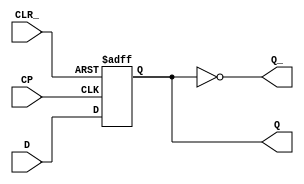
//
module dff(Q,Q_,D,CP,CLR_);
	input D,CP,CLR_;
	output reg Q;
	output Q_;
	assign Q_=~Q;
	always@(posedge CP or negedge CLR_)
	if(~CLR_)
	Q<=1'b0;
	else
	Q<=D;
endmodule
module kuroko(ipt,opt,clk,clr_);
	input [7:0]ipt;
	input clk,clr_;
	output [7:0]opt;
	dff u0(.Q(opt[0]),.Q_(),.D(ipt[0]),.CP(clk),.CLR_(clr_));
	dff u1(.Q(opt[1]),.Q_(),.D(ipt[1]),.CP(clk),.CLR_(clr_));
	dff u2(.Q(opt[2]),.Q_(),.D(ipt[2]),.CP(clk),.CLR_(clr_));
	dff u3(.Q(opt[3]),.Q_(),.D(ipt[3]),.CP(clk),.CLR_(clr_));
	dff u4(.Q(opt[4]),.Q_(),.D(ipt[4]),.CP(clk),.CLR_(clr_));
	dff u5(.Q(opt[5]),.Q_(),.D(ipt[5]),.CP(clk),.CLR_(clr_));
	dff u6(.Q(opt[6]),.Q_(),.D(ipt[6]),.CP(clk),.CLR_(clr_));
	dff u7(.Q(opt[7]),.Q_(),.D(ipt[7]),.CP(clk),.CLR_(clr_));
endmodule